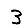
Digit: 3